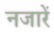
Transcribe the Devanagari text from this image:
नजारें